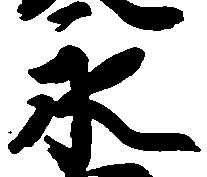
永